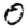
Digit: 0